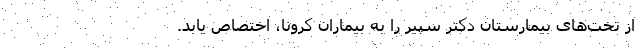
از تخت‌های بیمارستان دکتر سپیر را به بیماران کرونا، اختصاص یابد.